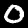
Label: 0